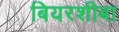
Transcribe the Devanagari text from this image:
बियरशीबा